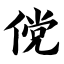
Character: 傥